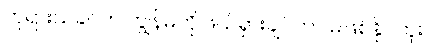
ဘုရားသခင်က ကျွန်မကို ဖယ်ရှားချင်တာ မဖြစ်နိုင်ဘူး။